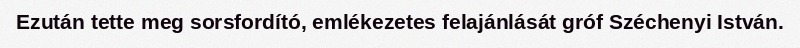
Ezután tette meg sorsfordító, emlékezetes felajánlását gróf Széchenyi István.